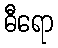
ဓီရော